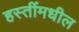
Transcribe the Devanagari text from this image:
हस्तींमधील